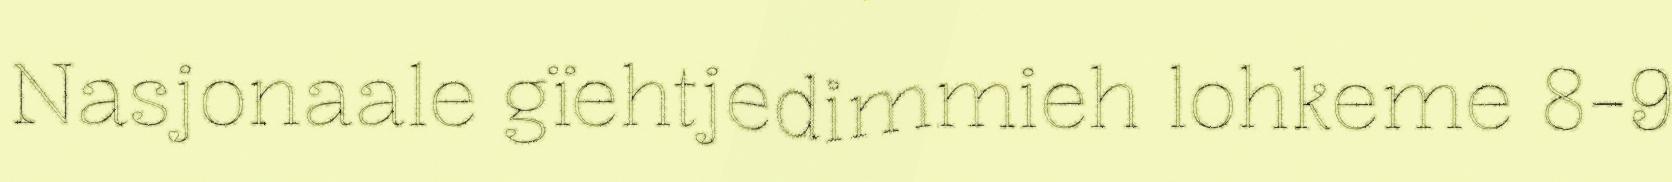
Nasjonaale gïehtjedimmieh lohkeme 8-9